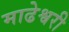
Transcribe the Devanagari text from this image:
माढेश्वरी